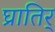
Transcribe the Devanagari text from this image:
घ्रातिर्